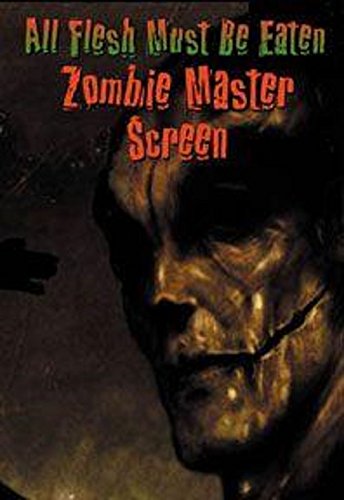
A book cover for All Flesh Must Be Eaten: Zombie Master Screen; Various; Comics & Graphic Novels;